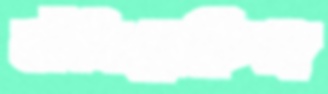
ফাঁসিয়েছিল